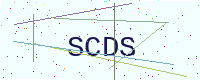
Text: SCDS